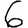
Digit: 6